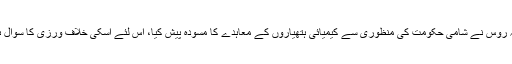
انہوں نے کہا کہ روس نے شامی حکومت کی منظوری سے کیمیائی ہتھیاروں کے معاہدے کا مسودہ پیش کیا، اس لئے اسکی خلاف ورزی کا سوال ہی پیدا نہیں ہوتا۔